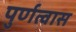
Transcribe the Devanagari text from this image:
पुर्णत्‍वास